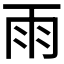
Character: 雨